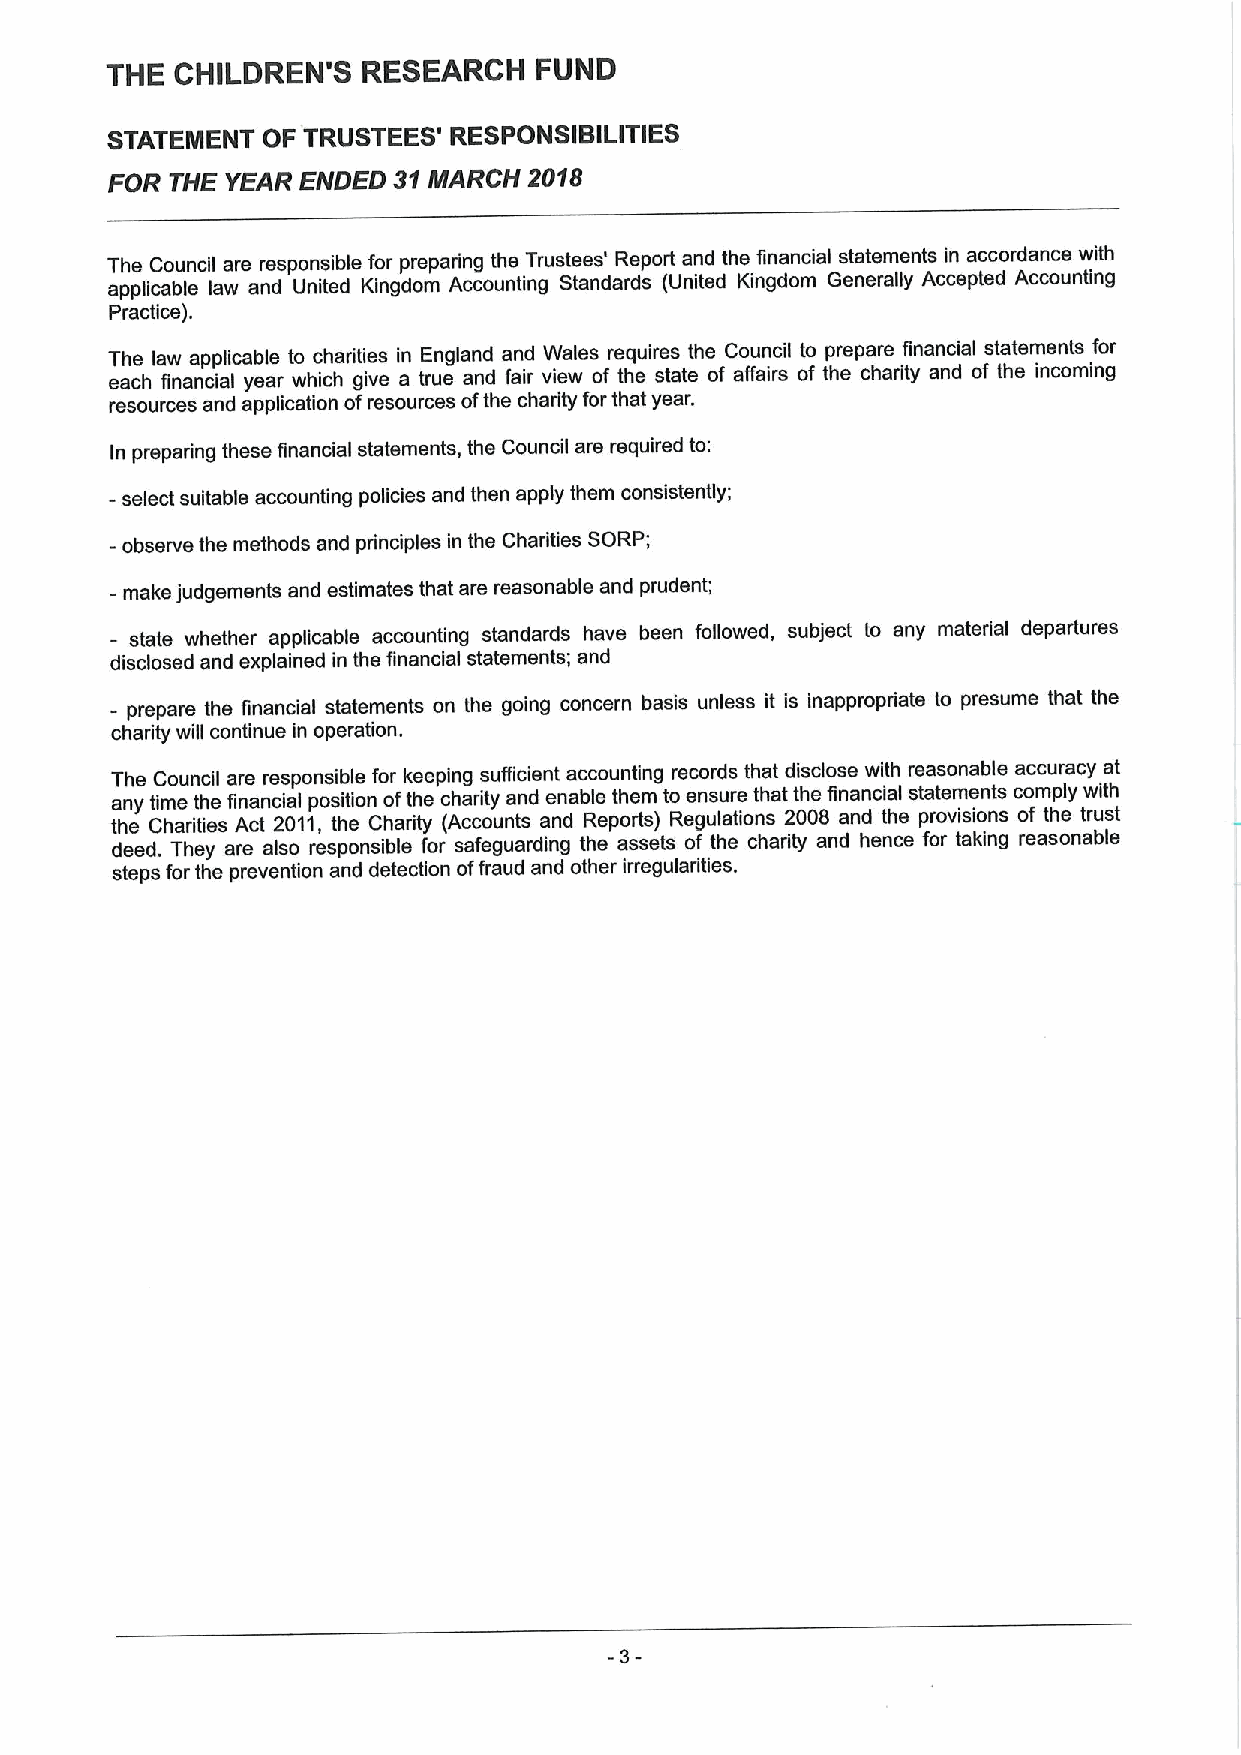
THE  CHILDREN'S  RESEARCH    FUND
 STATEMENT OF TRUSTEES' RESPONSIBILITIES
 FOR THE YEAR ENDED 31MARCH  2018
 The Council are responsible for preparing the Trustees' Report and the financial statements in accordance with
 applicable law and United Kingdom Accounting Standards (United Kingdom Generally Accepted Accounting
 Practice).
 The law applicable to chadities in England and Wales requires the Council to prepare financial statements for
 each financial year which give a true and fair view of the state of affairs of the charity and of the incoming
 resources and application ofresources ofthe charity forthat year.
 In preparing these financial statements, the Council are required to:
 -select suitable accounting policies and then apply them consistently;
 -observe the methods and principles in the Charities SORP;
 - make judgements and estimates that are reasonable and prudent;
 - state whether applicable accounting standards have been followed, subject to any material departures
 disclosed and explained in the financial statements; and
 - prepare the financial statements on the going concern basis unless it is inappropriate to presume that the
 chadity will continue in operation.
 The Council are responsible for keeping sufficient accounting records that disclose with reasonable accuracy at
 any time the financial position ofthe charity and enable them to ensure that the financial statements comply with
 the Charities Act 2011,the Charity (Accounts and Reports) Regulations 2008 and the provisions of the trust
 deed. They are also responsible for safeguarding the assets of the charity and hence for taking reasonable
 steps for the prevention and detection offraud and other irregularities.